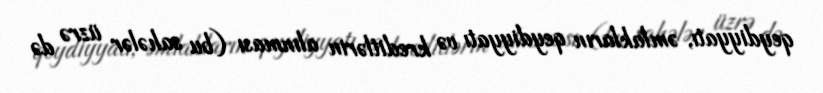
qeydiyyatı, əmlakların qeydiyyatı və kreditlərin alınması (bu sahələr üzrə də